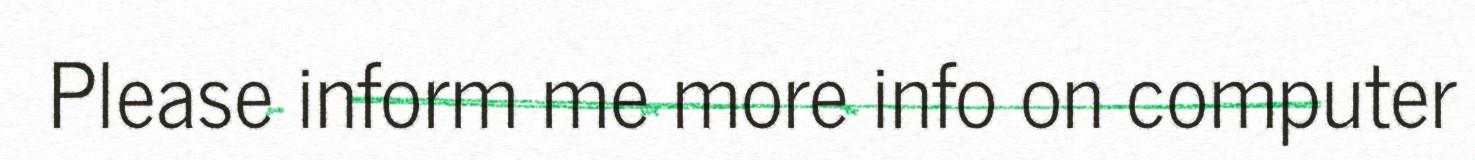
Please inform me more info on computer